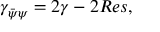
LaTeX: \gamma _ { \bar { \psi } \psi } = 2 \gamma - 2 R e s ,